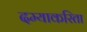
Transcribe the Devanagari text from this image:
दम्याकरिता